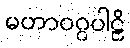
မဟာဝဂ္ဂပါဠိ